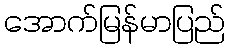
အောက်မြန်မာပြည်